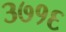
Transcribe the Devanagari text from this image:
३७१६